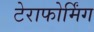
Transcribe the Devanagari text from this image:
टेराफोर्मिंग